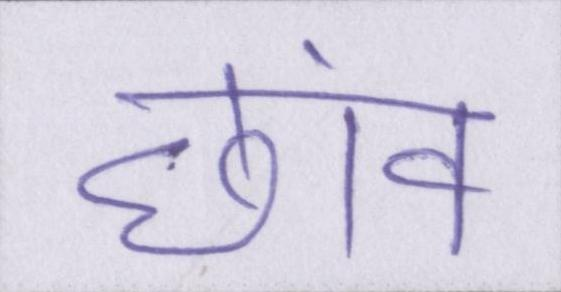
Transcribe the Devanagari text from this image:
छांव